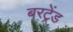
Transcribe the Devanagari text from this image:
बरट्रेंड